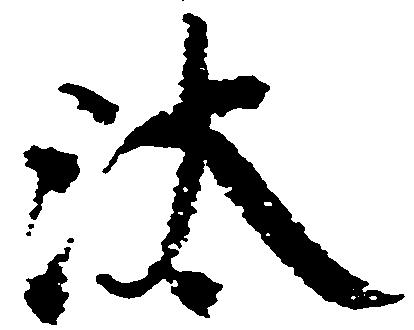
汰